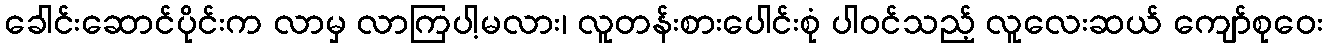
ခေါင်းဆောင်ပိုင်းက လာမှ လာကြပါ့မလား၊ လူတန်းစားပေါင်းစုံ ပါဝင်သည့် လူလေးဆယ် ကျော်စုဝေး